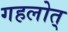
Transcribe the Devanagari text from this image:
गहलोत्